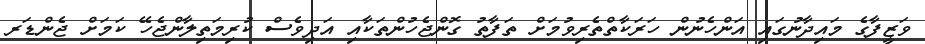
ވަޒީފާގެ މައިދާނުގައި އަންހެނުން ހަރަކާތްތެރިވުމަށް ތަފާތު ގޮންޖެހުންތަކާއި އަދިވެސް ކުރިމަތިލާންޖެހޭ ކަމަށް ޖެންޑަރ